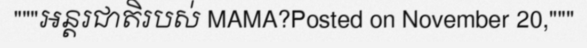
"""អន្តរជាតិរបស់ MAMA?Posted on November 20,"""